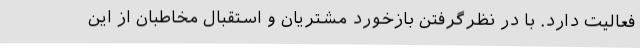
فعالیت دارد. با در نظرگرفتن بازخورد مشتریان و استقبال مخاطبان از این